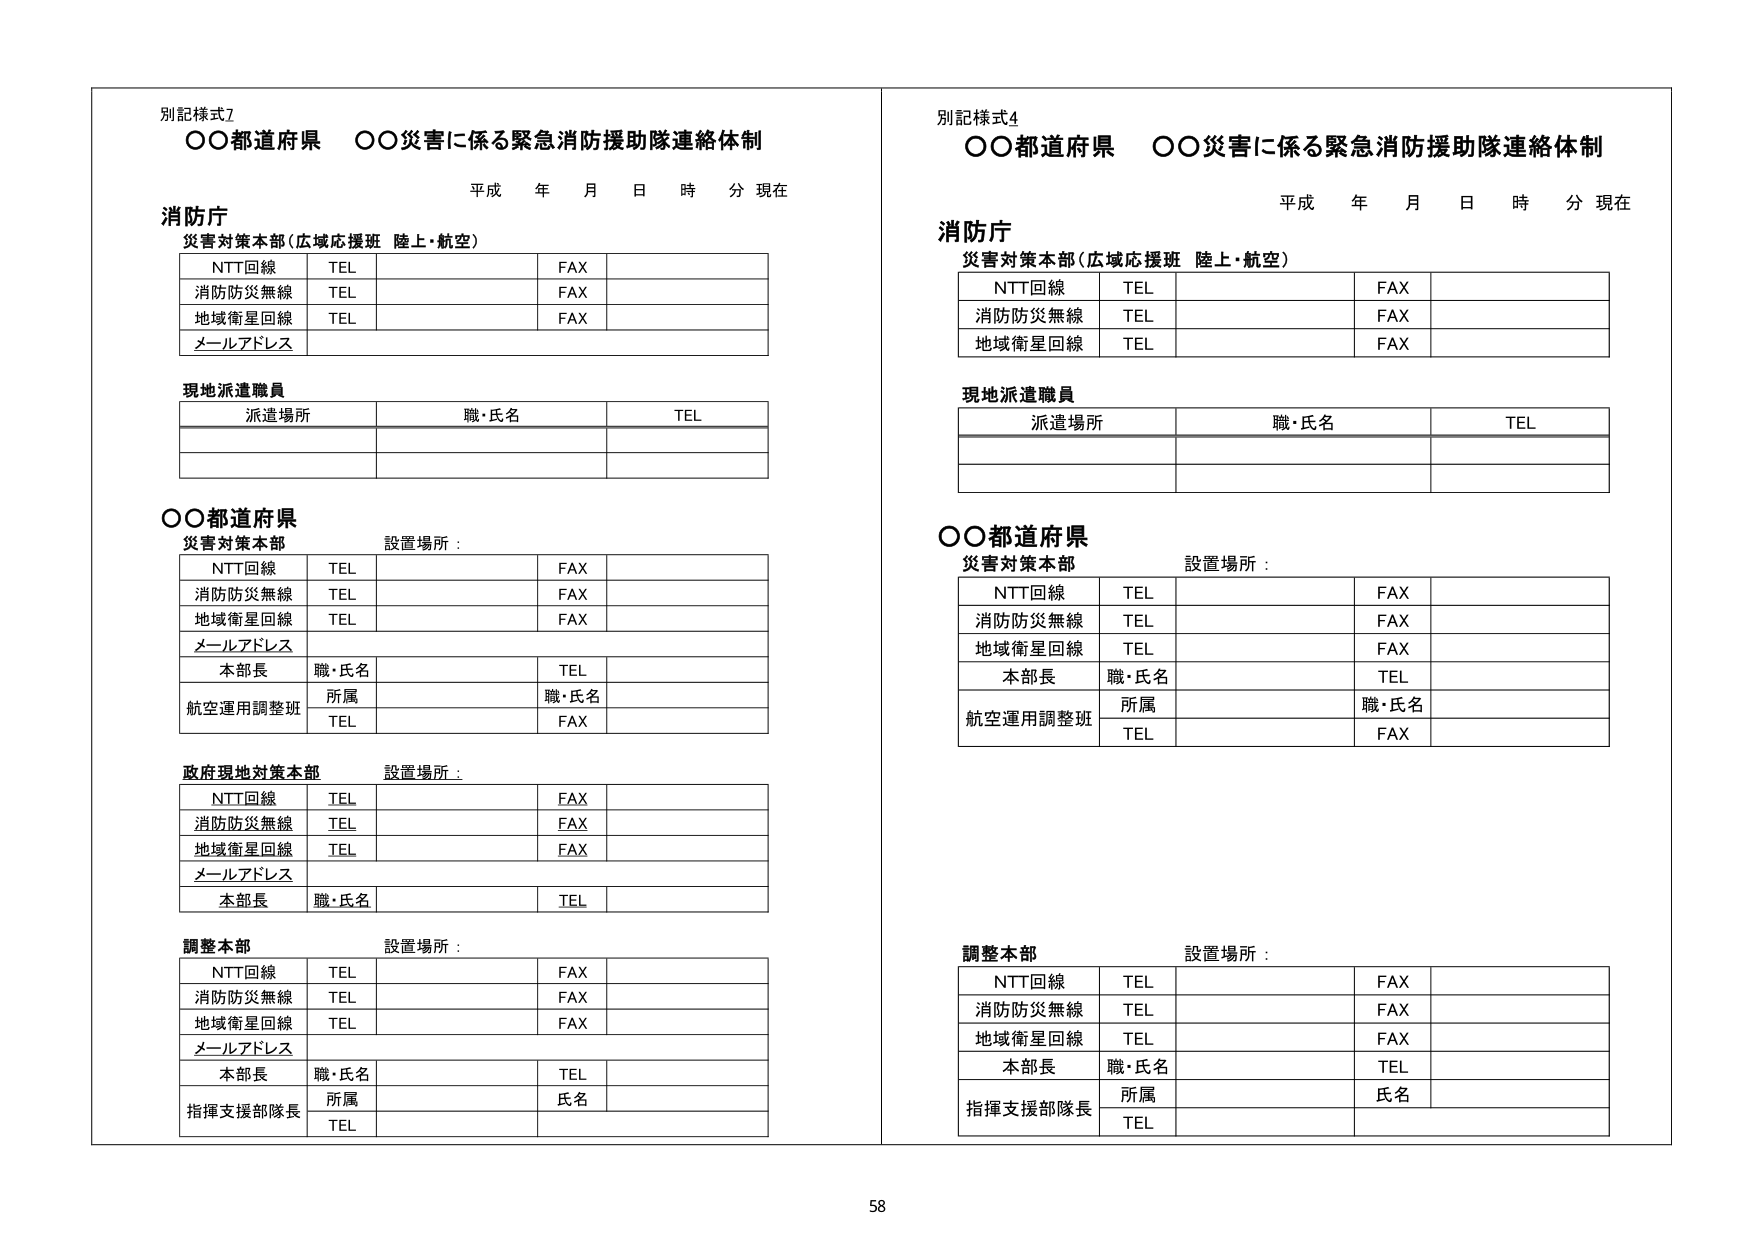
別記様式2
○○都道府県　○○災害に係る緊急消防援助隊連絡体制
平成　年　月　日　時　分　現在

消防庁
災害対策本部（広域応援班　陸上・航空）
NTT回線　TEL　　　　　　　　　FAX
消防防災無線　TEL　　　　　　　FAX
地域衛星回線　TEL　　　　　　　FAX
メールアドレス

現地派遣職員
派遣場所　　　　　　　職・氏名　　　　　　　TEL

○○都道府県
災害対策本部　設置場所：
NTT回線　TEL　　　　　　　　　FAX
消防防災無線　TEL　　　　　　　FAX
地域衛星回線　TEL　　　　　　　FAX
メールアドレス
本部長　職・氏名　　　　　　　TEL
航空運用調整班　所属　　　　　職・氏名
　　　　　　　TEL　　　　　　　FAX

政府現地対策本部　設置場所：
NTT回線　TEL　　　　　　　　　FAX
消防防災無線　TEL　　　　　　　FAX
地域衛星回線　TEL　　　　　　　FAX
メールアドレス
本部長　職・氏名　　　　　　　TEL

調整本部　設置場所：
NTT回線　TEL　　　　　　　　　FAX
消防防災無線　TEL　　　　　　　FAX
地域衛星回線　TEL　　　　　　　FAX
メールアドレス
本部長　職・氏名　　　　　　　TEL
指揮支援部隊長　所属　　　　　氏名
　　　　　　　TEL

別記様式4
○○都道府県　○○災害に係る緊急消防援助隊連絡体制
平成　年　月　日　時　分　現在

消防庁
災害対策本部（広域応援班　陸上・航空）
NTT回線　TEL　　　　　　　　　FAX
消防防災無線　TEL　　　　　　　FAX
地域衛星回線　TEL　　　　　　　FAX

現地派遣職員
派遣場所　　　　　　　職・氏名　　　　　　　TEL

○○都道府県
災害対策本部　設置場所：
NTT回線　TEL　　　　　　　　　FAX
消防防災無線　TEL　　　　　　　FAX
地域衛星回線　TEL　　　　　　　FAX
本部長　職・氏名　　　　　　　TEL
航空運用調整班　所属　　　　　職・氏名
　　　　　　　TEL　　　　　　　FAX

調整本部　設置場所：
NTT回線　TEL　　　　　　　　　FAX
消防防災無線　TEL　　　　　　　FAX
地域衛星回線　TEL　　　　　　　FAX
本部長　職・氏名　　　　　　　TEL
指揮支援部隊長　所属　　　　　氏名
　　　　　　　TEL

58